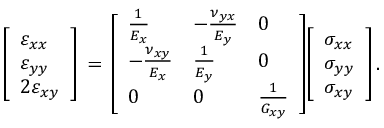
{ \left[ \begin{array} { l } { \varepsilon _ { x x } } \\ { \varepsilon _ { y y } } \\ { 2 \varepsilon _ { x y } } \end{array} \right] } \, = \, { \left[ \begin{array} { l l l } { { \frac { 1 } { E _ { x } } } } & { - { \frac { \nu _ { y x } } { E _ { y } } } } & { 0 } \\ { - { \frac { \nu _ { x y } } { E _ { x } } } } & { { \frac { 1 } { E _ { y } } } } & { 0 } \\ { 0 } & { 0 } & { { \frac { 1 } { G _ { x y } } } } \end{array} \right] } { \left[ \begin{array} { l } { \sigma _ { x x } } \\ { \sigma _ { y y } } \\ { \sigma _ { x y } } \end{array} \right] } \, .